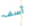
آسف